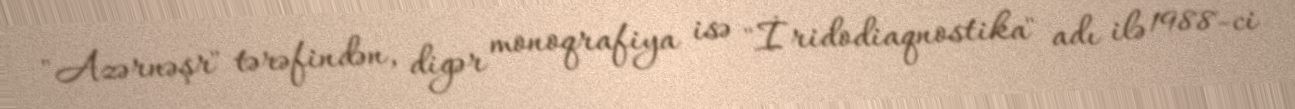
"Azərnəşr" tərəfindən, digər monoqrafiya isə "İridodiaqnostika" adı ilə 1988-ci